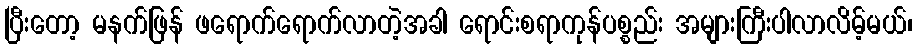
ပြီးတော့ မနက်ဖြန် ဖရောက်ရောက်လာတဲ့အခါ ရောင်းစရာကုန်ပစ္စည်း အများကြီးပါလာလိမ့်မယ်၊